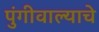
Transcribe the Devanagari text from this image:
पुंगीवाल्याचे